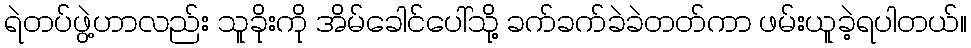
ရဲတပ်ဖွဲ့ဟာလည်း သူခိုးကို အိမ်ခေါင်ပေါ်သို့ ခက်ခက်ခဲခဲတတ်ကာ ဖမ်းယူခဲ့ရပါတယ်။